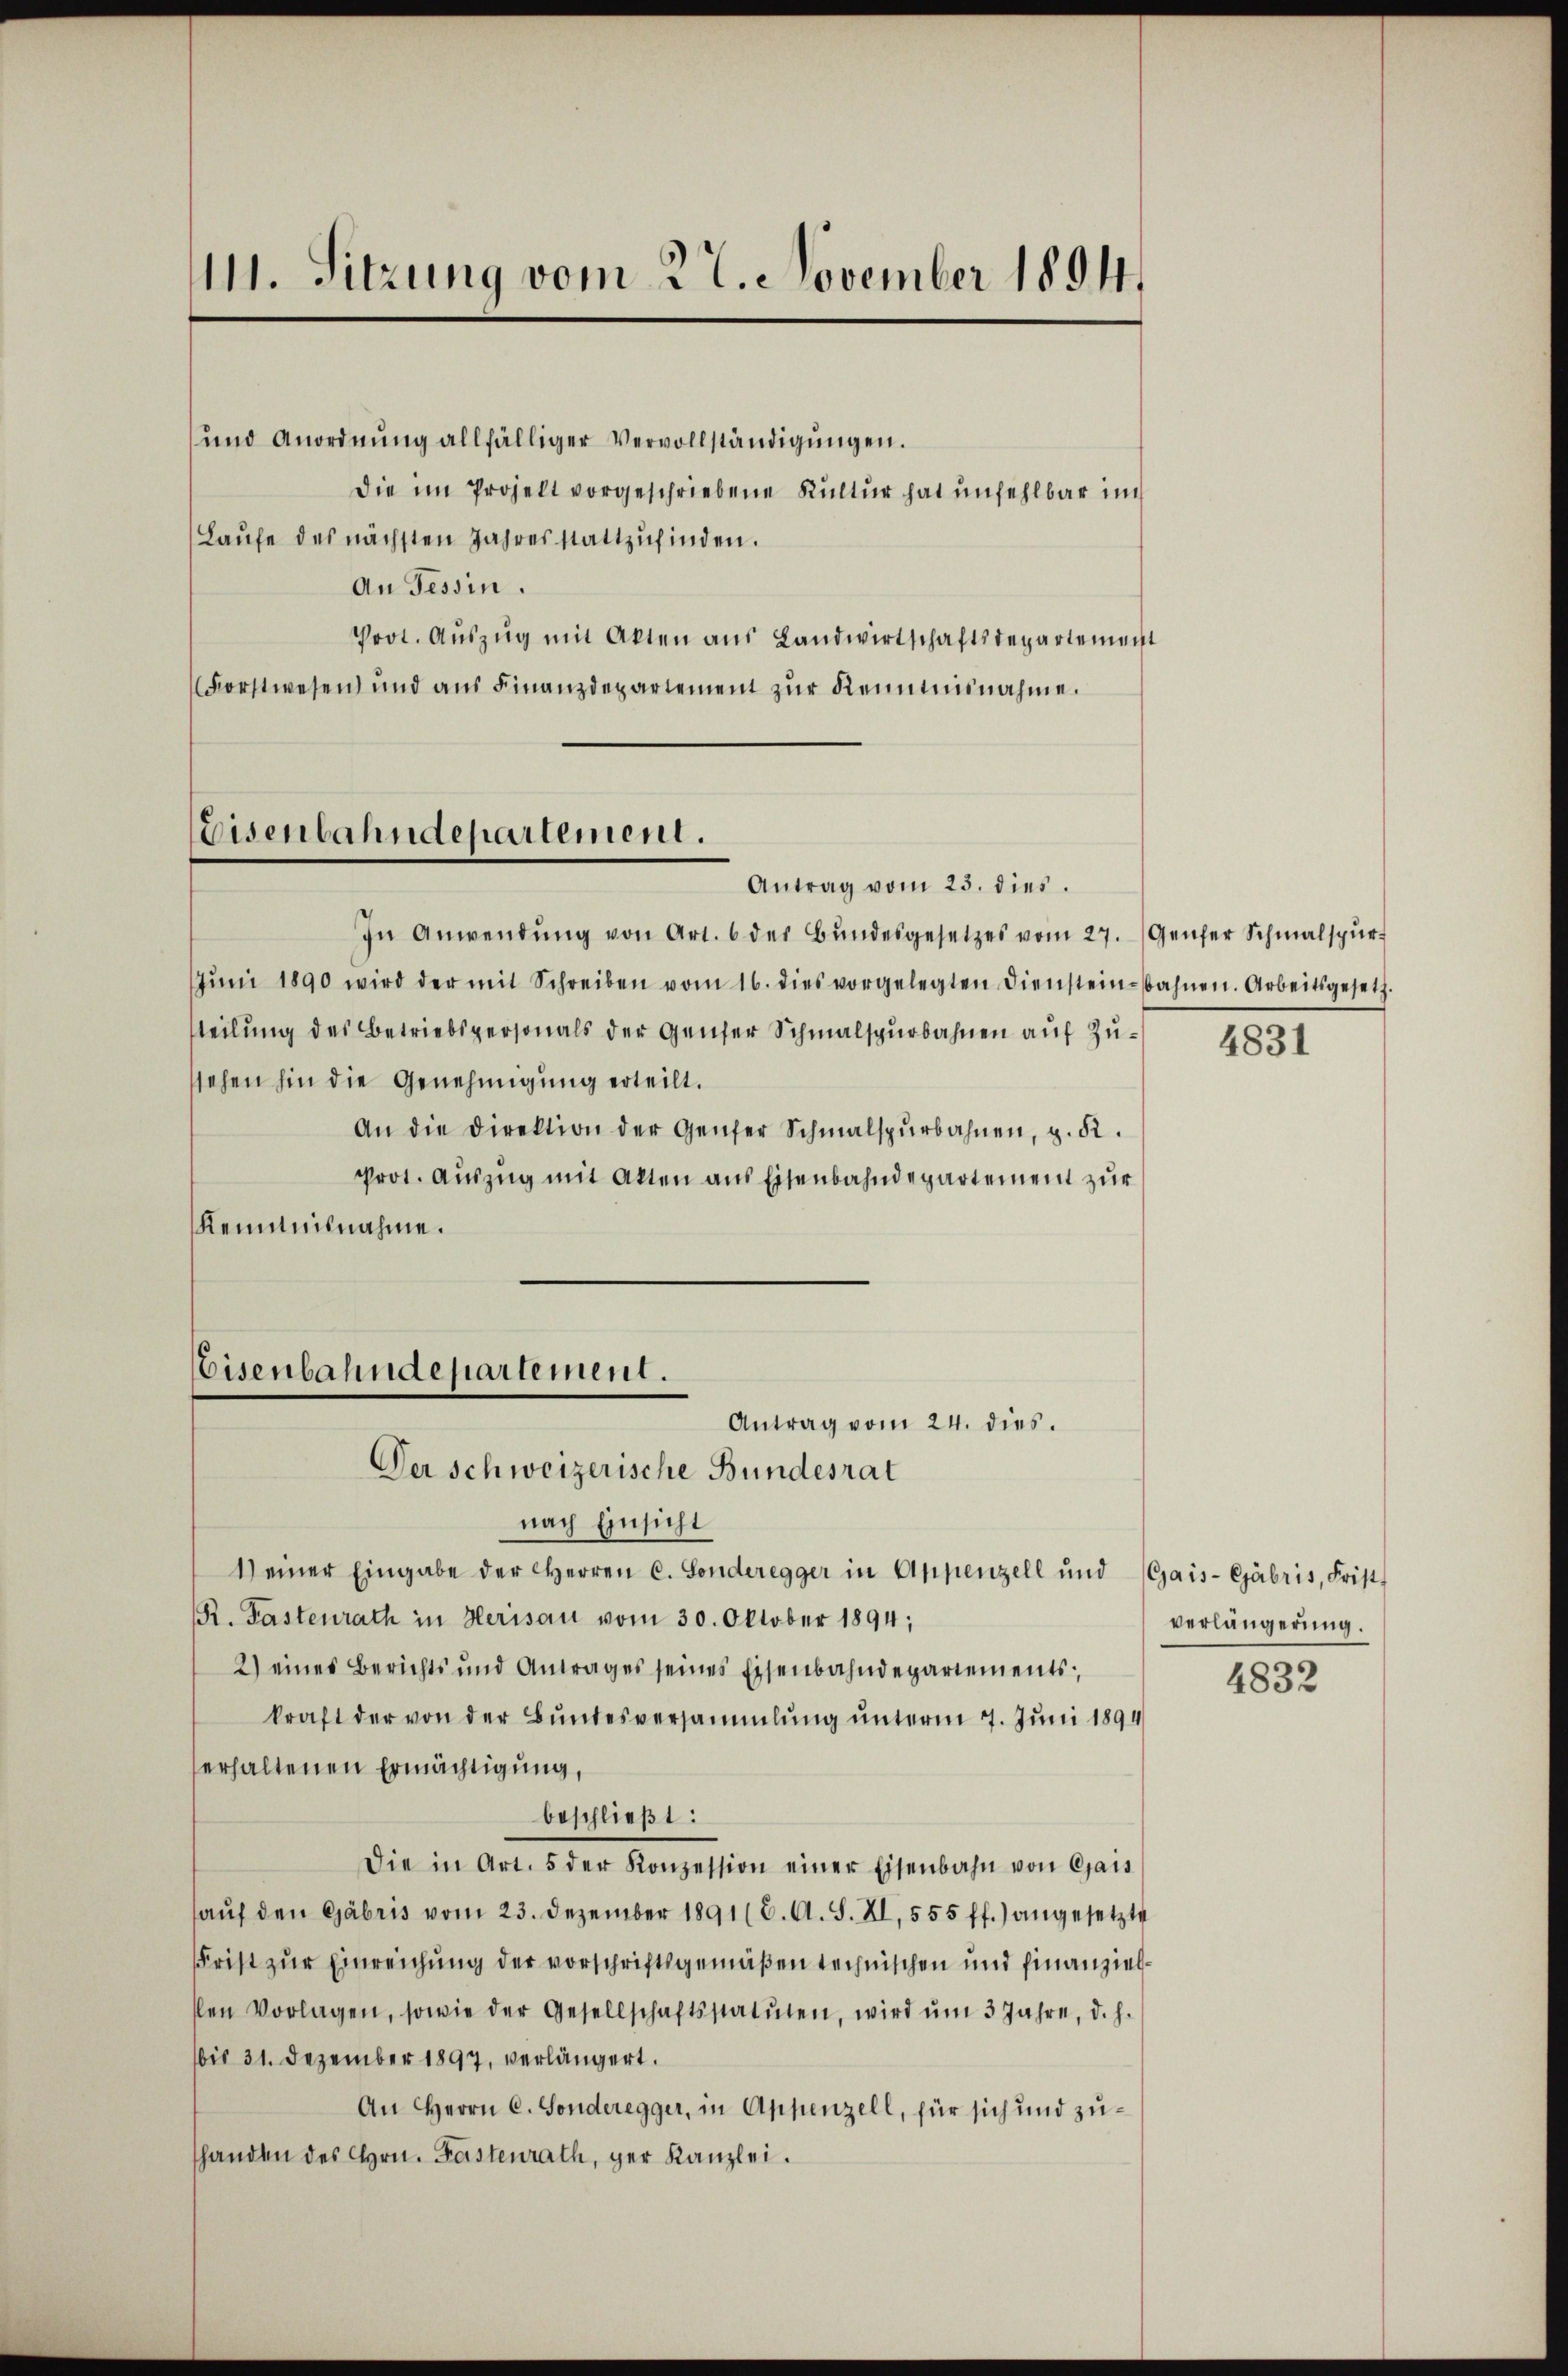
1111. Sitzung vom 27. November 1894.

und Anordnung allfälliger Vervollständigungen.
die im Projekt vorgeschriebene Kultur hat unfehlbar im
Laufe des nächsten Jahres stattzufinden.
An Tessin.
Prot. Auszug mit Akten aus Landwirtschaftsdepartement
Forstwesen und aus Finanzdepartement zur Kenntnisnahme.

Eisenbahndepartement.
Antrag vom 23. dies.

In Anwendŭng von Art. 6 der Bŭndesgesetzes vom 27. Genfer Schmalspur
Jŭni 1890 wird der mit Schreiben vom 16. dies vorgelegten Diensteinbahnen. Arbeitsgesetz.
tteilung des Betriebspersonals der Genfer Schmalspurbahnen auf Zussehen hin die Genehmigung erteilt.
An die Direktion der Genfer Schmalspŭrbahnen, z. K.
Prot. Auszug mit Akten aus Eisenbahndepartement zur
Kenntnisnahme.

Eisenbahndepartement.
Antrag vom 24. dies.

Der schweizerische Bundesrat
nach Einsicht
1) einer Eingabe der Herren C. Sonderegger in Appenzell und Gais-Ejäbris, Frist-
R. Pastenrath in Herisau vom 30. Oktober 1894;
2) eines Berichts und Antrages seines Eisenbahndepartements,
kraft der von der Bundesversammlung unterm 7. Juni 1894
erhaltenen Ermächtigung,
beschließt:
Die in Art. 5 der Konzession einer Eisenbahn von Chais
hauf den Gabris vom 23. Dezember 1891 (6. A. S. XI. 555 ff.) angesetzte
Frist zur Einreichung der vorschriftsgemäßen technischen und finanzielslen Vorlagen, sowie der Gesellschaftsstatuten, wird ŭm 3 Jahre, d. h.
bis 31. Dezember 1897, verlängert.
An Herrn C. Sonderegger, in Appenzell, für sich und zuhanden des Hrn. Fastenrath, ger Kanzlei.

4831

verlängerung.

4832